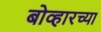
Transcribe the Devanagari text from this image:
बोव्हारच्या